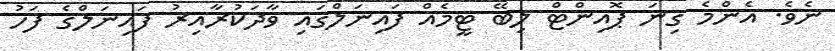
ނެވެ. އެންމެ ގިނަ ޕޮއިންޓް ލިބޭ ޓީމެއް ފައިނަލްގައި ވާދަކުރާއިރު ފައިނަލްގެ ފަހު